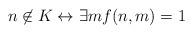
LaTeX: \begin{align*} n \not\in K \leftrightarrow \exists m f(n,m)=1\end{align*}